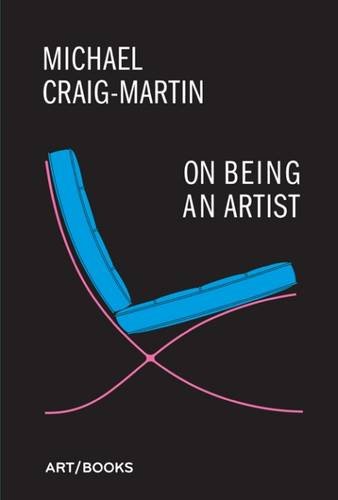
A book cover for On Being an Artist; Arts & Photography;